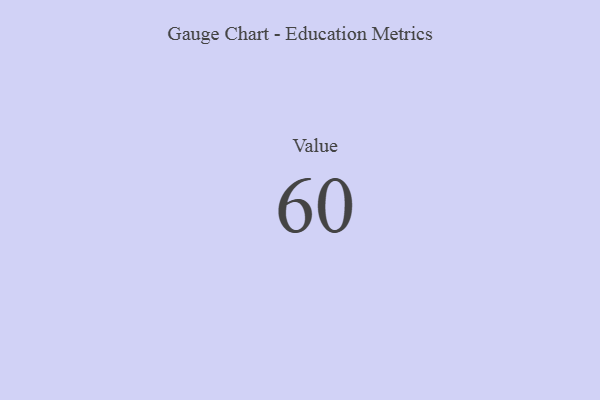
{"axis": {"x": "Metric", "y": "Value"}, "legend": [""], "data": [{"x": "Value", "y": 60, "type": ""}]}